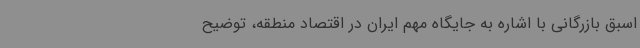
اسبق بازرگانی با اشاره به جایگاه مهم ایران در اقتصاد منطقه، توضیح